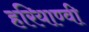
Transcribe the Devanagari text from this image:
हरियाण्वी